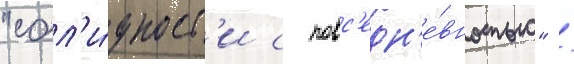
"сол'и́дност'и с повс'едн'е́вностью" /